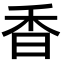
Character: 香